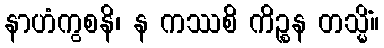
နာဟံကွစနိ၊ န ကဿစိ ကိဉ္စန တသ္မိံ။